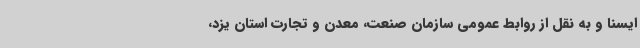
ایسنا و به نقل از روابط عمومی سازمان صنعت، معدن و تجارت استان یزد،